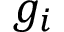
g _ { i }